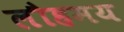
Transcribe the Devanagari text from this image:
लौहमय